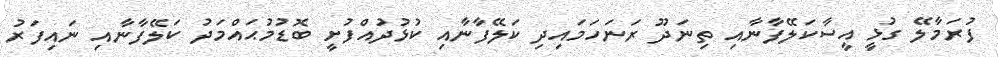
ފުރަމާލޭ ގުޅީ އީސާކަލޭފާނާއި ތިނަދޫ ރަނަހަމައިދި ކަލޭފާނާއި ކުޅުދުއްފުށީ ބޮޑުމުޙައްމަދު ކަލޭފާނާއި ނައިފަރު